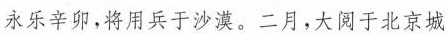
永乐辛卯，将用兵于沙漠。二月，大阅于北京城